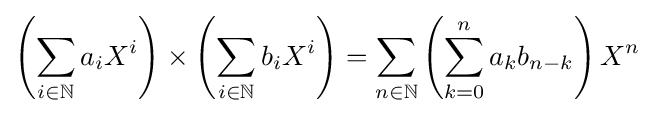
\left(\sum _{i\in \mathbb {N} }a_{i}X^{i}\right)\times \left(\sum _{i\in \mathbb {N} }b_{i}X^{i}\right)=\sum _{n\in \mathbb {N} }\left(\sum _{k=0}^{n}a_{k}b_{n-k}\right)X^{n}